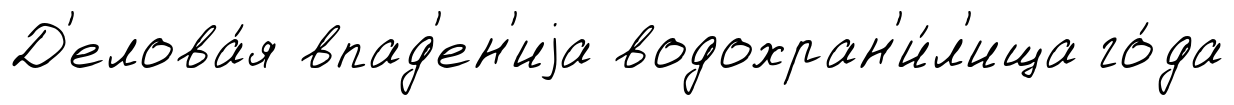
Д'елова́я впад'ен'иjа водохран'и́л'ища го́да